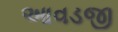
આવડજી